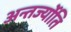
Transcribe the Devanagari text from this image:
अन्तर्ज्योति